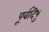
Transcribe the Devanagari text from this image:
पूर्वदिषु